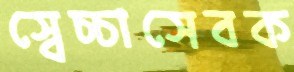
স্বেচ্চাসেবক